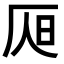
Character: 𣅦